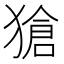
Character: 獊